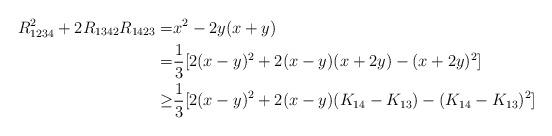
LaTeX: \begin{align*}R_{1234}^2 + 2 R_{1342} R_{1423}=& x^2-2y(x+y) \\=& \frac 13 [ 2(x-y)^2 + 2(x-y)(x+2y) - (x+2y)^2 ]\\\ge& \frac 13 [ 2(x-y)^2 + 2(x-y)(K_{14}-K_{13}) - (K_{14}-K_{13})^2 ]\\\end{align*}